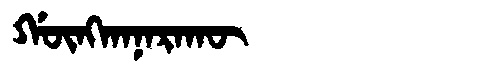
Manchu: ᡤᡡᠩᡴᠠᠨᠠᡵᠠᡴᡡ
Romanization: GŪNGKANARAKŪ